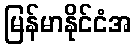
မြန်မာနိုင်ငံအ